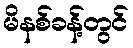
မိနစ်ခန့်တွင်